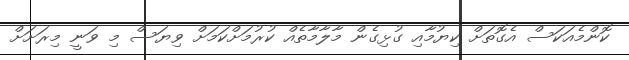
ކޮންމެއަކަސް އެގޮތަށް ކިޔުމާއި ގުޅިގެން މާލާމާތެއް ކުރުމަށްކަމަށް ވިޔަސް މި ވަނީ މިރަށަށް